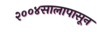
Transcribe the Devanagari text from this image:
२००४सालापासून